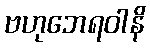
ဗဟုဘေရဝါနိ